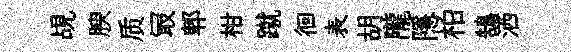
覘腴质冣郫柑蹴徊表胡隴隱柏鵠洒